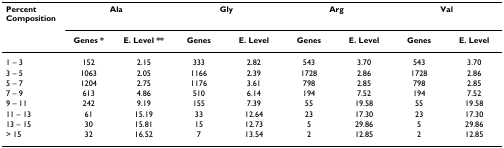
<table><thead><tr><td><b>Percent Composition</b></td><td colspan="2"><b>Ala</b></td><td colspan="2"><b>Gly</b></td><td colspan="2"><b>Arg</b></td><td colspan="2"><b>Val</b></td></tr><tr><td></td><td><b>Genes *</b></td><td><b>E. Level **</b></td><td><b>Genes</b></td><td><b>E. Level</b></td><td><b>Genes</b></td><td><b>E. Level</b></td><td><b>Genes</b></td><td><b>E. Level</b></td></tr></thead><tbody><tr><td>1 – 3</td><td>152</td><td>2.15</td><td>333</td><td>2.82</td><td>543</td><td>3.70</td><td>543</td><td>3.70</td></tr><tr><td>3 – 5</td><td>1063</td><td>2.05</td><td>1166</td><td>2.39</td><td>1728</td><td>2.86</td><td>1728</td><td>2.86</td></tr><tr><td>5 – 7</td><td>1204</td><td>2.75</td><td>1176</td><td>3.61</td><td>798</td><td>2.85</td><td>798</td><td>2.85</td></tr><tr><td>7 – 9</td><td>613</td><td>4.86</td><td>510</td><td>6.14</td><td>194</td><td>7.52</td><td>194</td><td>7.52</td></tr><tr><td>9 – 11</td><td>242</td><td>9.19</td><td>155</td><td>7.39</td><td>55</td><td>19.58</td><td>55</td><td>19.58</td></tr><tr><td>11 – 13</td><td>61</td><td>15.19</td><td>33</td><td>12.64</td><td>23</td><td>17.30</td><td>23</td><td>17.30</td></tr><tr><td>13 – 15</td><td>30</td><td>15.81</td><td>15</td><td>12.73</td><td>5</td><td>29.86</td><td>5</td><td>29.86</td></tr><tr><td>&gt; 15</td><td>32</td><td>16.52</td><td>7</td><td>13.54</td><td>2</td><td>12.85</td><td>2</td><td>12.85</td></tr></tbody></table>